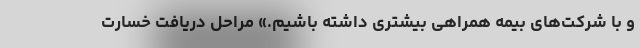
و با شرکت‌های بیمه همراهی بیشتری داشته باشیم.» مراحل دریافت خسارت